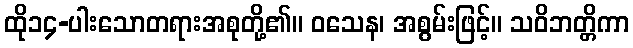
ထို၁၄-ပါးသောတရားအစုတို့၏။ ဝသေန၊ အစွမ်းဖြင့်။ သဝိဘတ္တိကာ